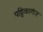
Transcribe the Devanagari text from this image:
पट्टिकागंज